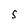
Character: S